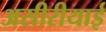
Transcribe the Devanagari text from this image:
असीरीयाई